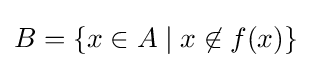
B=\{x\in A\mid x\not \in f(x)\}